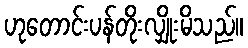
ဟုတောင်းပန်တိုးလျှိုးမိသည်။